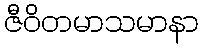
ဇီဝိတမာသမာနာ